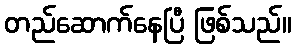
တည်ဆောက်နေပြီ ဖြစ်သည်။